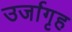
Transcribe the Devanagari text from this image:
उर्जागृह